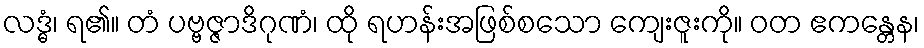
လဒ္ဓံ၊ ရ၏။ တံ ပဗ္ဗဇ္ဇာဒိဂုဏံ၊ ထို ရဟန်းအဖြစ်စသော ကျေးဇူးကို။ ဝတ ဧကန္တေန၊